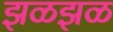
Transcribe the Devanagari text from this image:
झळझळ